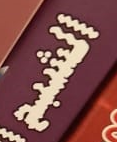
الشبح